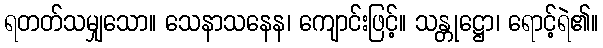
ရတတ်သမျှသော။ သေနာသနေန၊ ကျောင်းဖြင့်။ သန္တုဋ္ဌော၊ ရောင့်ရဲ၏။